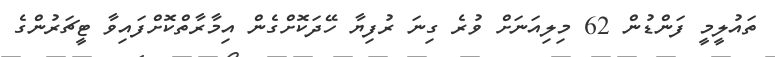
ތައުލީމީ ފަންޑުން 62 މިލިއަނަށް ވުރެ ގިނަ ރުފިޔާ ހޭދަކޮށްގެން އިމާރާތްކޮށްފައިވާ ޓީޗަރުންގެ